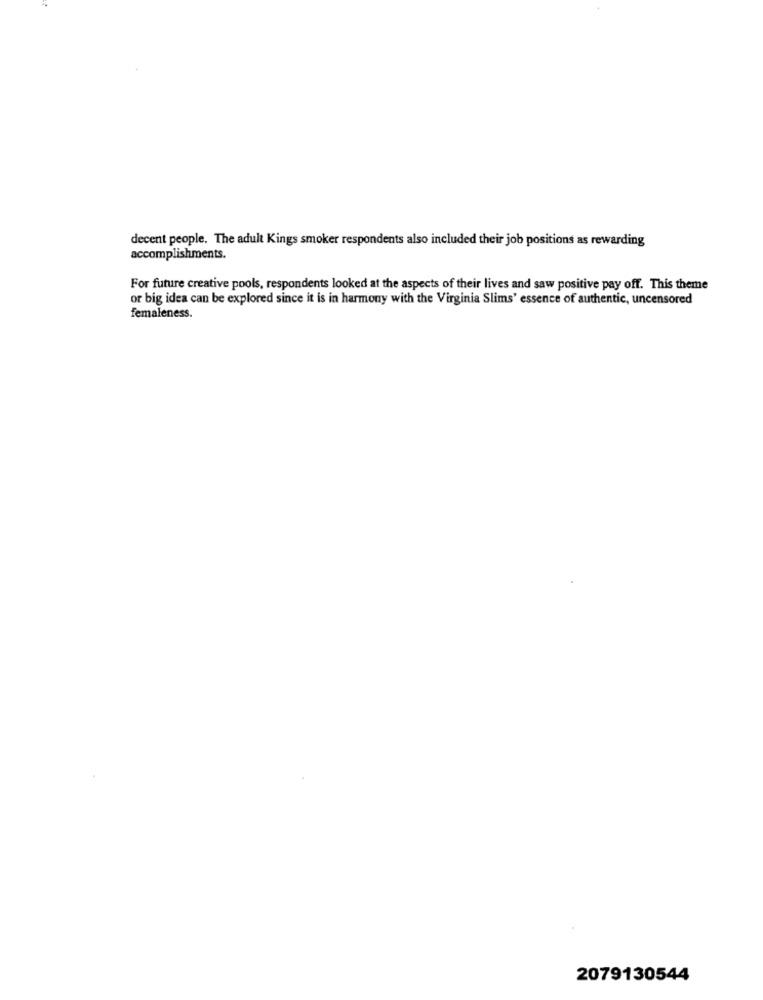
decent people. The adult Kings smoker respondents also included their job positions as rewarding
accomplishments.
For future creative pools, respondents looked at the aspects of their lives and saw positive pay off. This theme
or big idea can be explored since it is in harmony with the Virginia Slims' essence of authentic, uncensored
femaleness.
2079130544